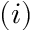
( i )